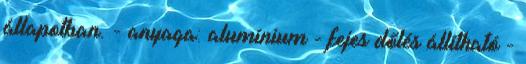
állapotban. - anyaga: alumínium - fejes dőlés állítható -